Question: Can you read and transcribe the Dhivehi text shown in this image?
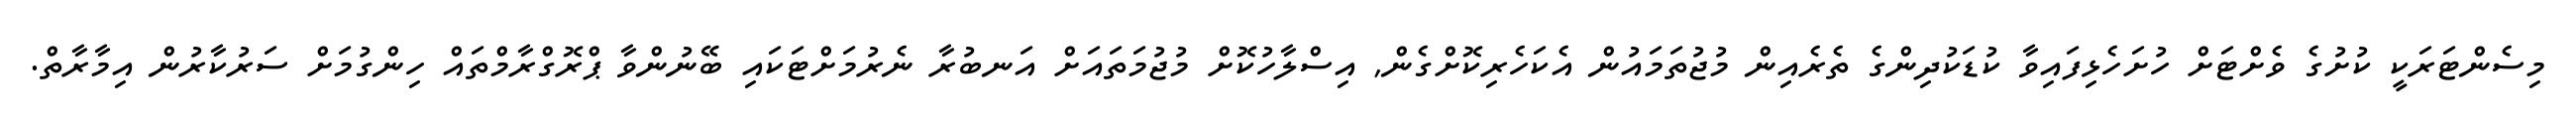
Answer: މިސެންޓަރަކީ ކުށުގެ ވެށްޓަށް ހުށަހެޅިފައިވާ ކުޑަކުދިންގެ ތެރެއިން މުޖުތަމައުން އެކަހެރިކޮށްގެން, އިސްލާހުކޮށް މުޖުމަތައަށް އަނބުރާ ނެރުމަށްޓަކައި ބޭނުންވާ ޕްރޮގްރާމްތައް ހިންގުމަށް ސަރުކާރުން އިމާރާތް.